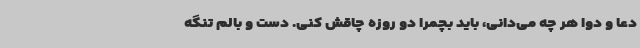
دعا و دوا هر چه می‌دانی، باید بچمرا دو روزه چاقش کنی. دست و بالم تنگه